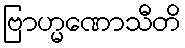
ဗြာဟ္မဏောသီတိ